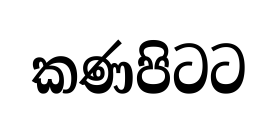
කණපිටට